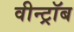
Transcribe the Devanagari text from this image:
वीन्ट्रॉब